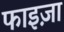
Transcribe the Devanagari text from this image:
फाइज़ा